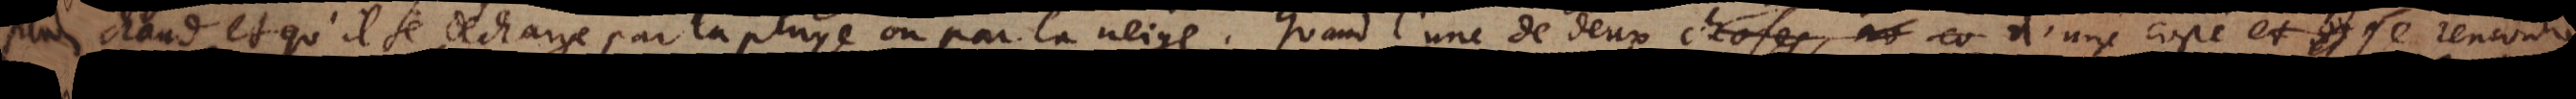
plus chaud et qu’il se decharge par la pluye ou par la neige; quand l’une de choses ar deux d’une costé et se rencontre